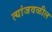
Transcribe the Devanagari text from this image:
त्यांजवळील